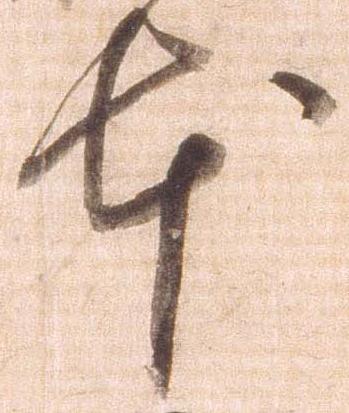
本